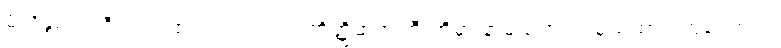
မိလိန္ဒမင်းကြီးလက်ထက်တွင်လည်း တိတ္ထိဆရာကြီးတို့မှာ နာမည်တူပင် မှည့်ထား ကြကြောင်း၊